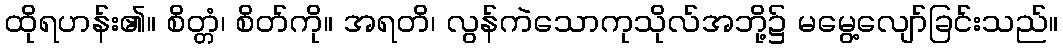
ထိုရဟန်း၏။ စိတ္တံ၊ စိတ်ကို။ အရတိ၊ လွန်ကဲသောကုသိုလ်အဘို့၌ မမွေ့လျော်ခြင်းသည်။